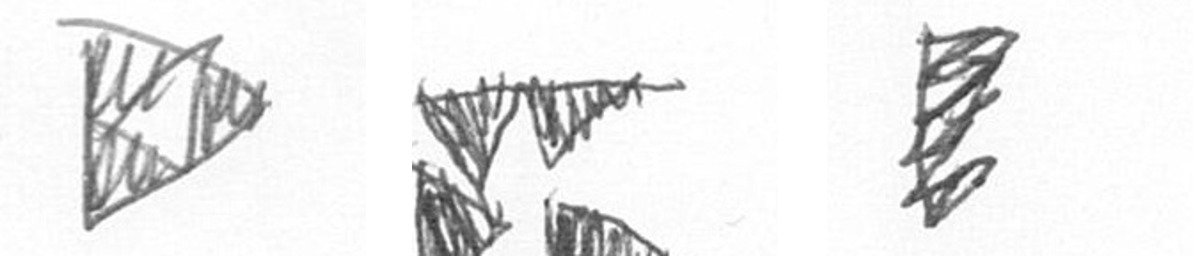
K B H